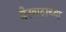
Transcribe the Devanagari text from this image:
थेरवादाच्या